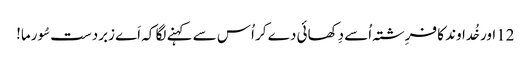
12اور خُداوند کا فرِشتہ اُسے دِکھائی دے کر اُس سے کہنے لگا کہ اَے زبردست سُورما!